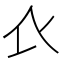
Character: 𧘇